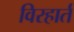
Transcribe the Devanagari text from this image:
विरहार्त